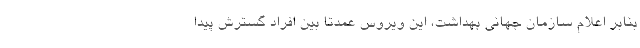
بنابر اعلام سازمان جهانی بهداشت، این ویروس عمدتا بین افراد گسترش پیدا